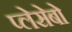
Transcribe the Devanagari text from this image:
प्लेसेबो